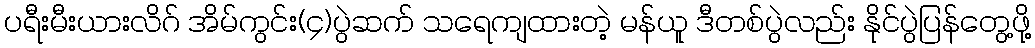
ပရီးမီးယားလိဂ် အိမ်ကွင်း(၄)ပွဲဆက် သရေကျထားတဲ့ မန်ယူ ဒီတစ်ပွဲလည်း နိုင်ပွဲပြန်တွေ့ဖို့